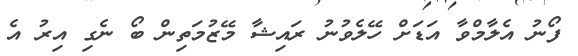
ފޯނު އެލާމްވާ އަޑަށް ހޭލެވުނު ރައިޝާ މޭޒުމަތިން ބޯ ނެގި އިރު އެ